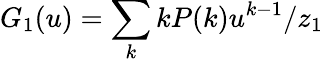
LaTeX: G_{1}(u)=\sum_{k}kP(k)u^{k-1}/z_{1}